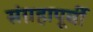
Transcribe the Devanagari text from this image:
संग्रहापूर्वी